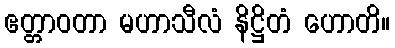
ဧတ္တာဝတာ မဟာသီလံ နိဋ္ဌိတံ ဟောတိ။